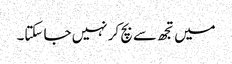
میں تجھ سے بچ کر نہیں جا سکتا۔